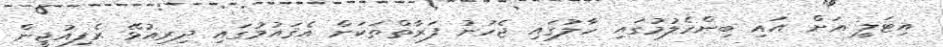
އިޓަލީ އަށް އައި ބިންހެލުމުގައި ހާލުގައި ޖެހުނު ފަރާތްތަކަށް އެޤައުމުގައި ދިރިއުޅޭ ރެފިއުޖީން